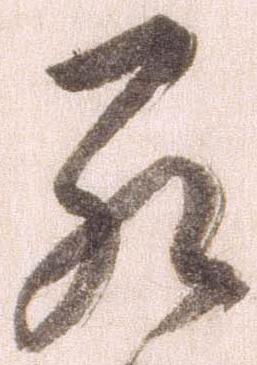
罷